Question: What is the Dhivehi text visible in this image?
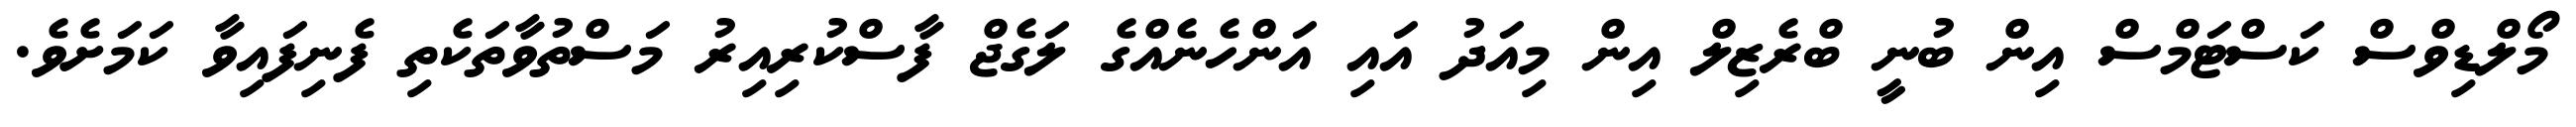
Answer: މޯލްޑިވްސް ކަސްޓަމްސް އިން ބުނީ ބްރެޒިލް އިން މިއަދު އައި އަންހެނެއްގެ ލަގެޖް ފާސްކުރިއިރު މަސްތުވާތަކެތި ފެނިފައިވާ ކަމަށެވެ.